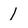
Character: 1